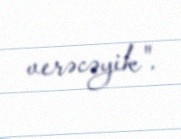
verəcəyik".